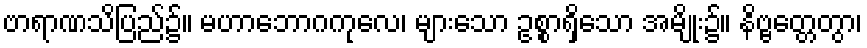
ဗာရာဏသိပြည်၌။ မဟာဘောဂကုလေ၊ များသော ဥစ္စာရှိသော အမျိုး၌။ နိဗ္ဗတ္တေတွာ၊